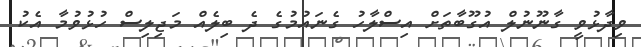
ވިދާޅުވީ ގާނޫނުލް އުގޫބާތަށް އިސްލާހު ގެނައުމުގެ ދެ ބިލެއް މަޖިލިސް ހުޅުވުމާ އެކު